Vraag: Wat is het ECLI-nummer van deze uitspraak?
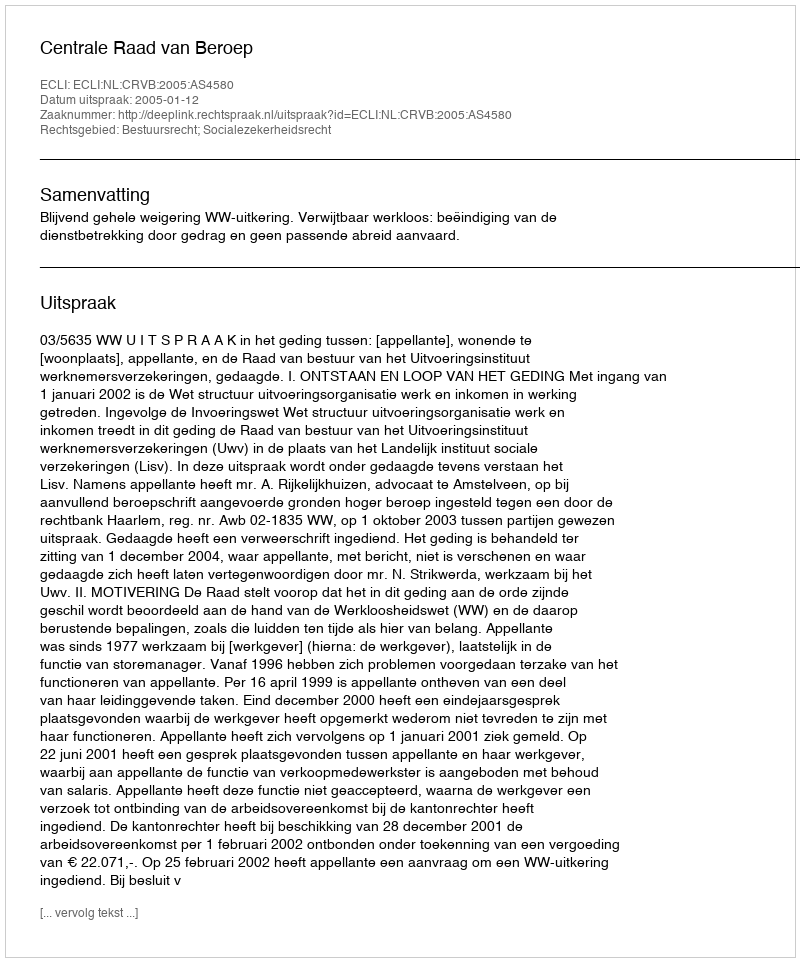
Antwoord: ECLI:NL:CRVB:2005:AS4580